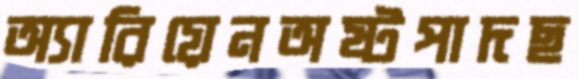
অ্যারিয়েনঅষ্টপাদছ